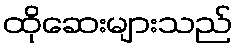
ထိုဆေးများသည်